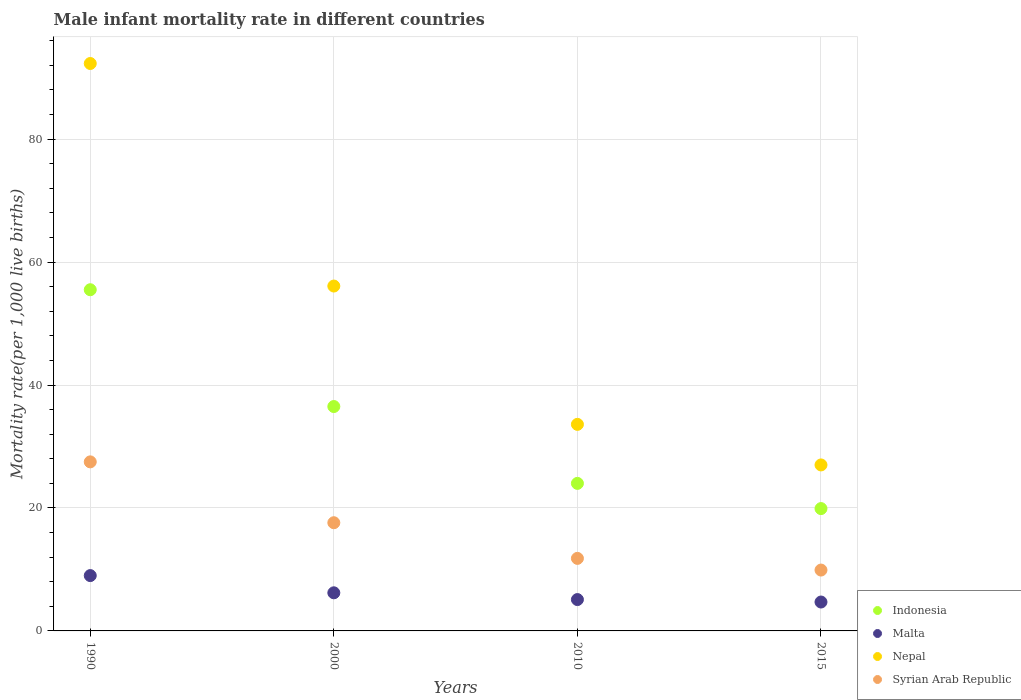
| Years | Indonesia | Malta | Nepal | Syrian Arab Republic |
 | --- | --- | --- | --- | --- |
 | 1990 | 55.5 | 9 | 92.3 | 27.5 |
 | 2000 | 36.5 | 6.2 | 56.1 | 17.6 |
 | 2010 | 24 | 5.1 | 33.6 | 11.8 |
 | 2015 | 19.9 | 4.7 | 27 | 9.9 |